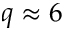
q \approx 6